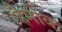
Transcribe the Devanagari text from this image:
हैमोक